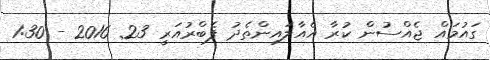
ގައުމައް ޖެއްސުން ކުރާ އެއާލައިންތެދު ފެބްރުއަރީ 23